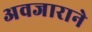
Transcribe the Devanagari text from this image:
अवजाराने